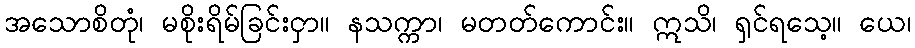
အသောစိတုံ၊ မစိုးရိမ်ခြင်းငှာ။ နသက္ကာ၊ မတတ်ကောင်း။ ဣသိ၊ ရှင်ရသေ့။ ယေ၊